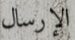
الإرسال